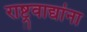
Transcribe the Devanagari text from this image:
राष्ट्रवाद्यांना